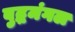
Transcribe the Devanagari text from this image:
बुद्धमंगल